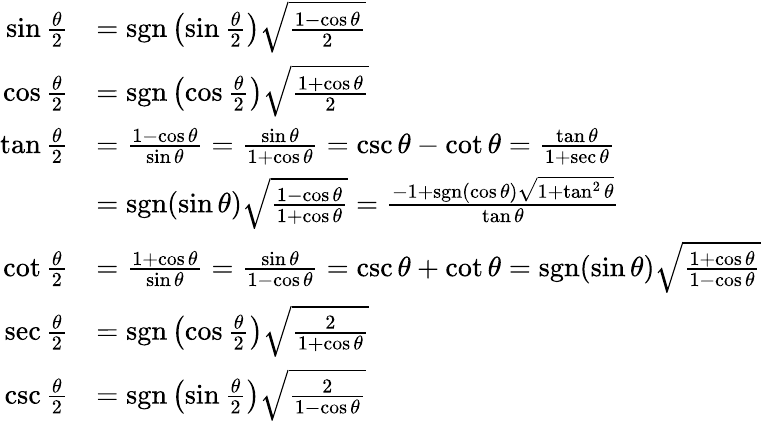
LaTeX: {\begin{array}{rl}{\sin{\frac{\theta}{2}}}&{=\operatorname{sgn}\left(\sin{\frac{\theta}{2}}\right){\sqrt{\frac{1-\cos\theta}{2}}}}\\ {\cos{\frac{\theta}{2}}}&{=\operatorname{sgn}\left(\cos{\frac{\theta}{2}}\right){\sqrt{\frac{1+\cos\theta}{2}}}}\\ {\tan{\frac{\theta}{2}}}&{={\frac{1-\cos\theta}{\sin\theta}}={\frac{\sin\theta}{1+\cos\theta}}=\csc\theta-\cot\theta={\frac{\tan\theta}{1+\sec{\theta}}}}\\ &{=\operatorname{sgn}(\sin\theta){\sqrt{\frac{1-\cos\theta}{1+\cos\theta}}}={\frac{-1+\operatorname{sgn}(\cos\theta){\sqrt{1+\tan^{2}\theta}}}{\tan\theta}}}\\ {\cot{\frac{\theta}{2}}}&{={\frac{1+\cos\theta}{\sin\theta}}={\frac{\sin\theta}{1-\cos\theta}}=\csc\theta+\cot\theta=\operatorname{sgn}(\sin\theta){\sqrt{\frac{1+\cos\theta}{1-\cos\theta}}}}\\ {\sec{\frac{\theta}{2}}}&{=\operatorname{sgn}\left(\cos{\frac{\theta}{2}}\right){\sqrt{\frac{2}{1+\cos\theta}}}}\\ {\csc{\frac{\theta}{2}}}&{=\operatorname{sgn}\left(\sin{\frac{\theta}{2}}\right){\sqrt{\frac{2}{1-\cos\theta}}}}\end{array}}